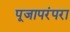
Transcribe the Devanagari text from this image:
पूजापरंपरा